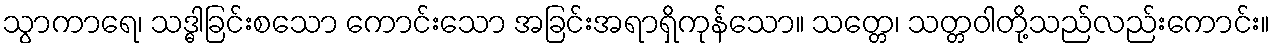
သွာကာရေ၊ သဒ္ဓါခြင်းစသော ကောင်းသော အခြင်းအရာရှိကုန်သော။ သတ္တေ၊ သတ္တဝါတို့သည်လည်းကောင်း။